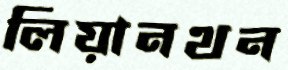
লিয়ানথন